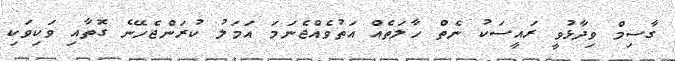
ގާސިމް ވިދާޅުވީ ރައީސަކު ނެތް ހާލަތެއް އަތުވެއްޖެނަމަ އަމަލު ކުރަންޖެހޭނެ ގޮތާއި ވަކިވަކި